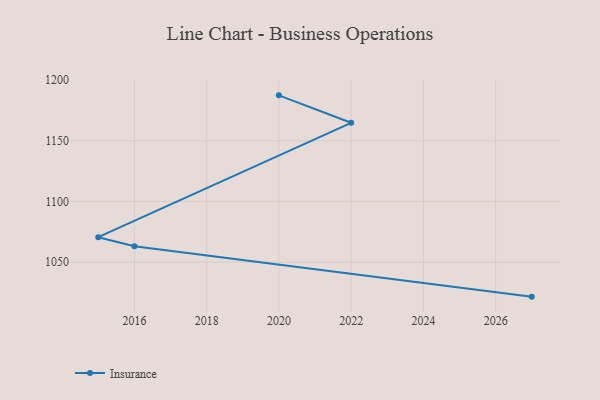
{"axis": {"x": "Year", "y": "Population (Million)"}, "legend": ["Insurance"], "data": [{"x": "2027", "y": 1021.6, "type": "Insurance"}, {"x": "2016", "y": 1063.1, "type": "Insurance"}, {"x": "2015", "y": 1070.6, "type": "Insurance"}, {"x": "2022", "y": 1164.8, "type": "Insurance"}, {"x": "2020", "y": 1187.4, "type": "Insurance"}]}